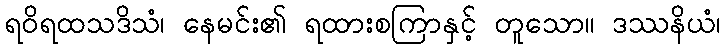
ရဝိရထသဒိသံ၊ နေမင်း၏ ရထားစကြာနှင့် တူသော။ ဒဿနိယံ၊